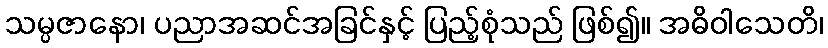
သမ္ပဇာနော၊ ပညာအဆင်အခြင်နှင့် ပြည့်စုံသည် ဖြစ်၍။ အဓိဝါသေတိ၊